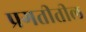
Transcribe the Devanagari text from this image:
प्रगतीतील